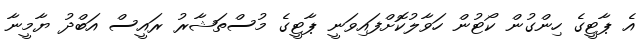
އެ ޕާޓީގެ ހިންގުން ކޯޓުން ހަވާލުކޮށްފައިވަނީ ޕާޓީގެ މުސްތަޝާރު ރައީސް އަބްދު ޔާމީނާ